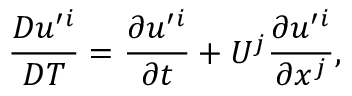
\frac { D u ^ { \prime } { } ^ { i } } { D T } = \frac { \partial u ^ { \prime } { } ^ { i } } { \partial t } + U ^ { j } \frac { \partial u ^ { \prime } { } ^ { i } } { \partial x ^ { j } } ,